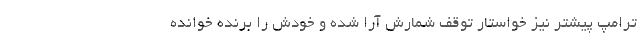
ترامپ پیشتر نیز خواستار توقف شمارش آرا شده و خودش را برنده خوانده